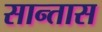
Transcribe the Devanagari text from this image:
सान्तास